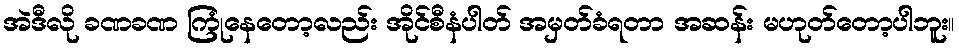
အဲဒီလို ခဏခဏ ကြုံနေတော့လည်း အိုင်စီနံပါတ် အမှတ်ခံရတာ အဆန်း မဟုတ်တော့ပါဘူး။